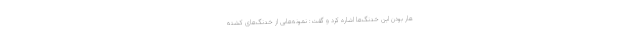
هار بودن این خدنگ‌ها اشاره کرد و گفت: نمونه‌هایی از خدنگ‌های کشته